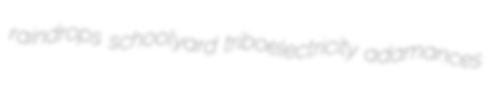
raindrops schoolyard triboelectricity adamances